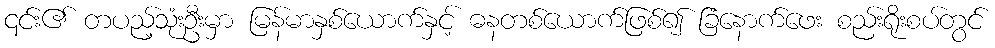
၎င်း၏ တပည့်သုံးဦးမှာ မြန်မာနှစ်ယောက်နှင့် ဓနတစ်ယောက်ဖြစ်၍ ခြံနောက်ဖေး စည်းရိုးစပ်တွင်